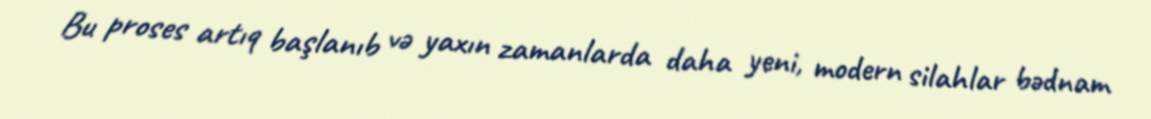
Bu proses artıq başlanıb və yaxın zamanlarda daha yeni, modern silahlar bədnam